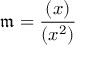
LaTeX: { \mathfrak { m } } = { \frac { ( x ) } { ( x ^ { 2 } ) } }